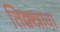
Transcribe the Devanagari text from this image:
तिक्कन्नाचा